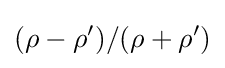
(\rho -\rho ')/(\rho +\rho ')